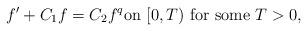
LaTeX: \begin{align*}f' + C_1 f = C_2 f^q \mbox{on $[0,T)$ for some $T>0$},\end{align*}